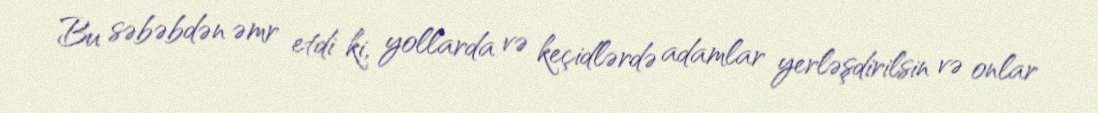
Bu səbəbdən əmr etdi ki, yollarda və keçidlərdə adamlar yerləşdirilsin və onlar